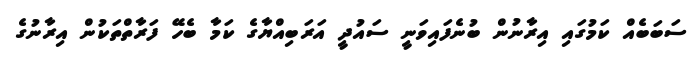
ސަބަބެއް ކަމުގައި އިރާނުން ބުނެފައިވަނީ ސައުދީ އަރަބިއްޔާގެ ކަމާ ބެހޭ ފަރާތްތަކުން އިރާނުގެ